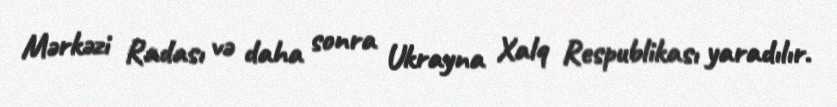
Mərkəzi Radası və daha sonra Ukrayna Xalq Respublikası yaradılır.